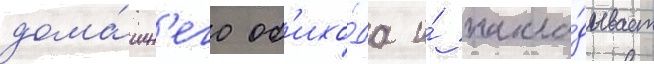
дома́шн'его об'ихо́да и́ накла́дывает